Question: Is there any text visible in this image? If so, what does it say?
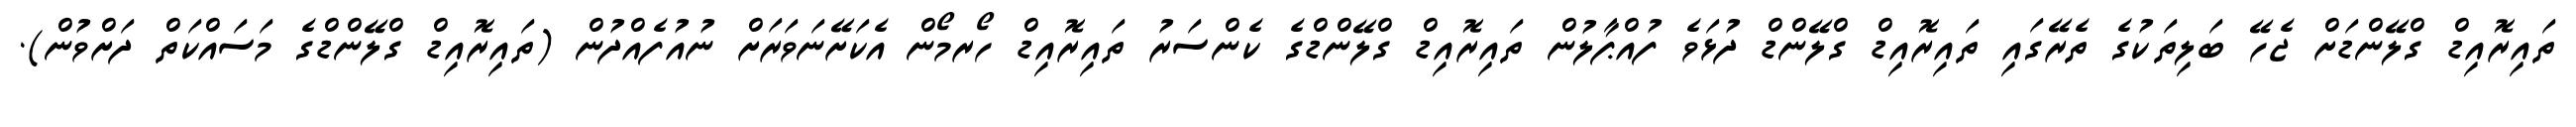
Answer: ތައިރޮއިޑް ގްލޭންޑަށް ޖެހޭ ބަލިތަކުގެ ތެރޭގައި ތައިރޮއިޑް ގްލޭންޑް ދުޅަވެ ފުއްޕާލުން ތައިރޮއިޑް ގްލޭންޑްގެ ކެންސަރު ތައިރޮއިޑް ހޯރމޯން އެކަށޭނަވަރަށް ނުއުފެއްދުން (ތައިރޮއިޑް ގްލޭންޑްގެ މަސައްކަތް ދަށްވުން).